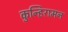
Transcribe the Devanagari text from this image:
कुन्हिरामन